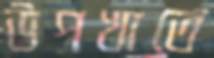
উপখাতে